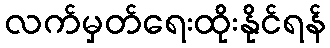
လက်မှတ်ရေးထိုးနိုင်ရန်